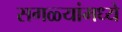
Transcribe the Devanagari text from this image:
सगळ्यांमध्ये